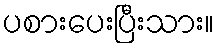
ပစားပေးပြီးသား။